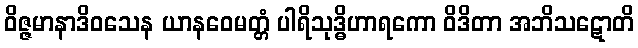
ဝိဇ္ဇမာနာဒိဝသေန ယာနဝေမတ္တံ ပါရိသုဒ္ဓိဟာရကော ဝိဒိတာ အဘိသဋောတိ